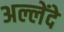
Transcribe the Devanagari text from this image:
अल्लेंदे